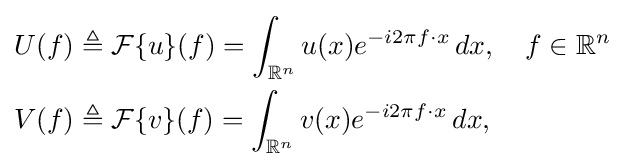
{\begin{aligned}U(f)&\triangleq {\mathcal {F}}\{u\}(f)=\int _{\mathbb {R} ^{n}}u(x)e^{-i2\pi f\cdot x}\,dx,\quad f\in \mathbb {R} ^{n}\\V(f)&\triangleq {\mathcal {F}}\{v\}(f)=\int _{\mathbb {R} ^{n}}v(x)e^{-i2\pi f\cdot x}\,dx,\end{aligned}}